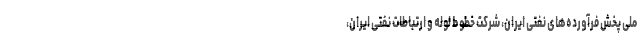
ملی پخش فرآورده‌های نفتی ایران، شرکت خطوط لوله و ارتباطات نفتی ایران،